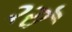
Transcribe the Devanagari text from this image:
२रॉ